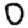
Digit: 0